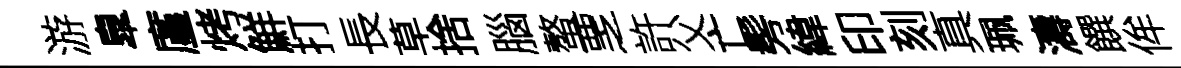
游臯廑烤鮮打長草捨腦螯覂許父亡髣緯印刻真珮濤饌侔